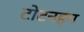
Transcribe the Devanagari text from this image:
टोटनहम